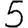
Digit: 5